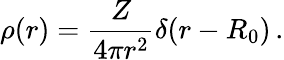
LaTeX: \rho(r)=\frac{Z}{4\pi r^{2}}\delta(r-R_{0})\, .